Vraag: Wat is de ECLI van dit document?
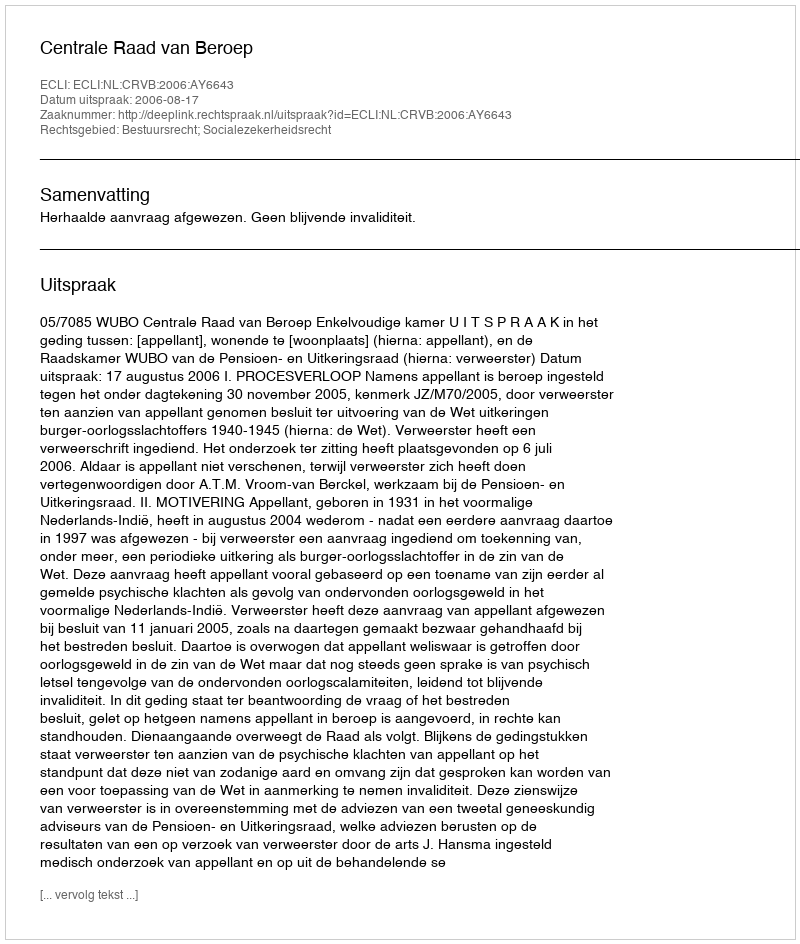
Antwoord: ECLI:NL:CRVB:2006:AY6643